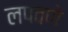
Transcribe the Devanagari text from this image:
लपवणे